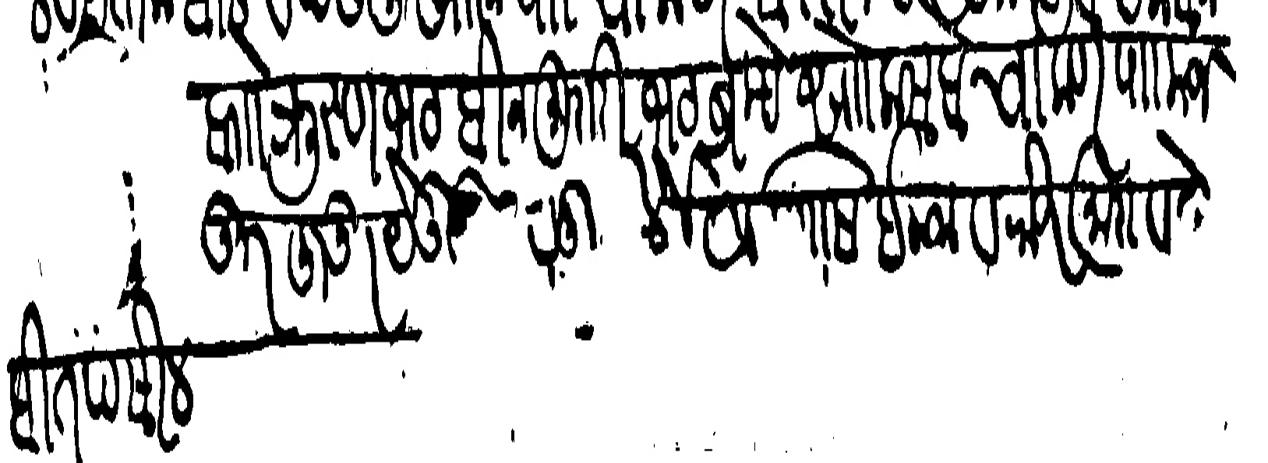
Transliteration (Devanagari): वाा कृस्णभट बिन मुरारीभट ब्रह्म सोो कसबे चाकण पाा मज कूर हुजूर येउनु मालुम केले जे आपणासि इनाम व रोज मुरा व तेल राज मतिम बितपसील